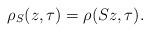
LaTeX: \begin{align*}\rho_S(z,\tau) = \rho(S z, \tau).\end{align*}